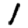
Digit: 1